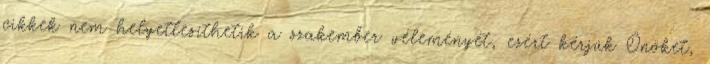
cikkek nem helyettesíthetik a szakember véleményét, ezért kérjük Önöket,